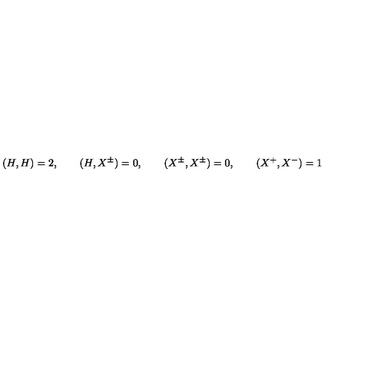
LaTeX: ( H , H ) = 2 , \qquad ( H , X ^ { \pm } ) = 0 , \qquad ( X ^ { \pm } , X ^ { \pm } ) = 0 , \qquad ( X ^ { + } , X ^ { - } ) = 1